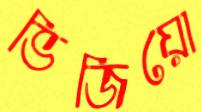
ভিজিয়ো